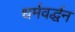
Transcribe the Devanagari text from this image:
धर्मवर्द्धन